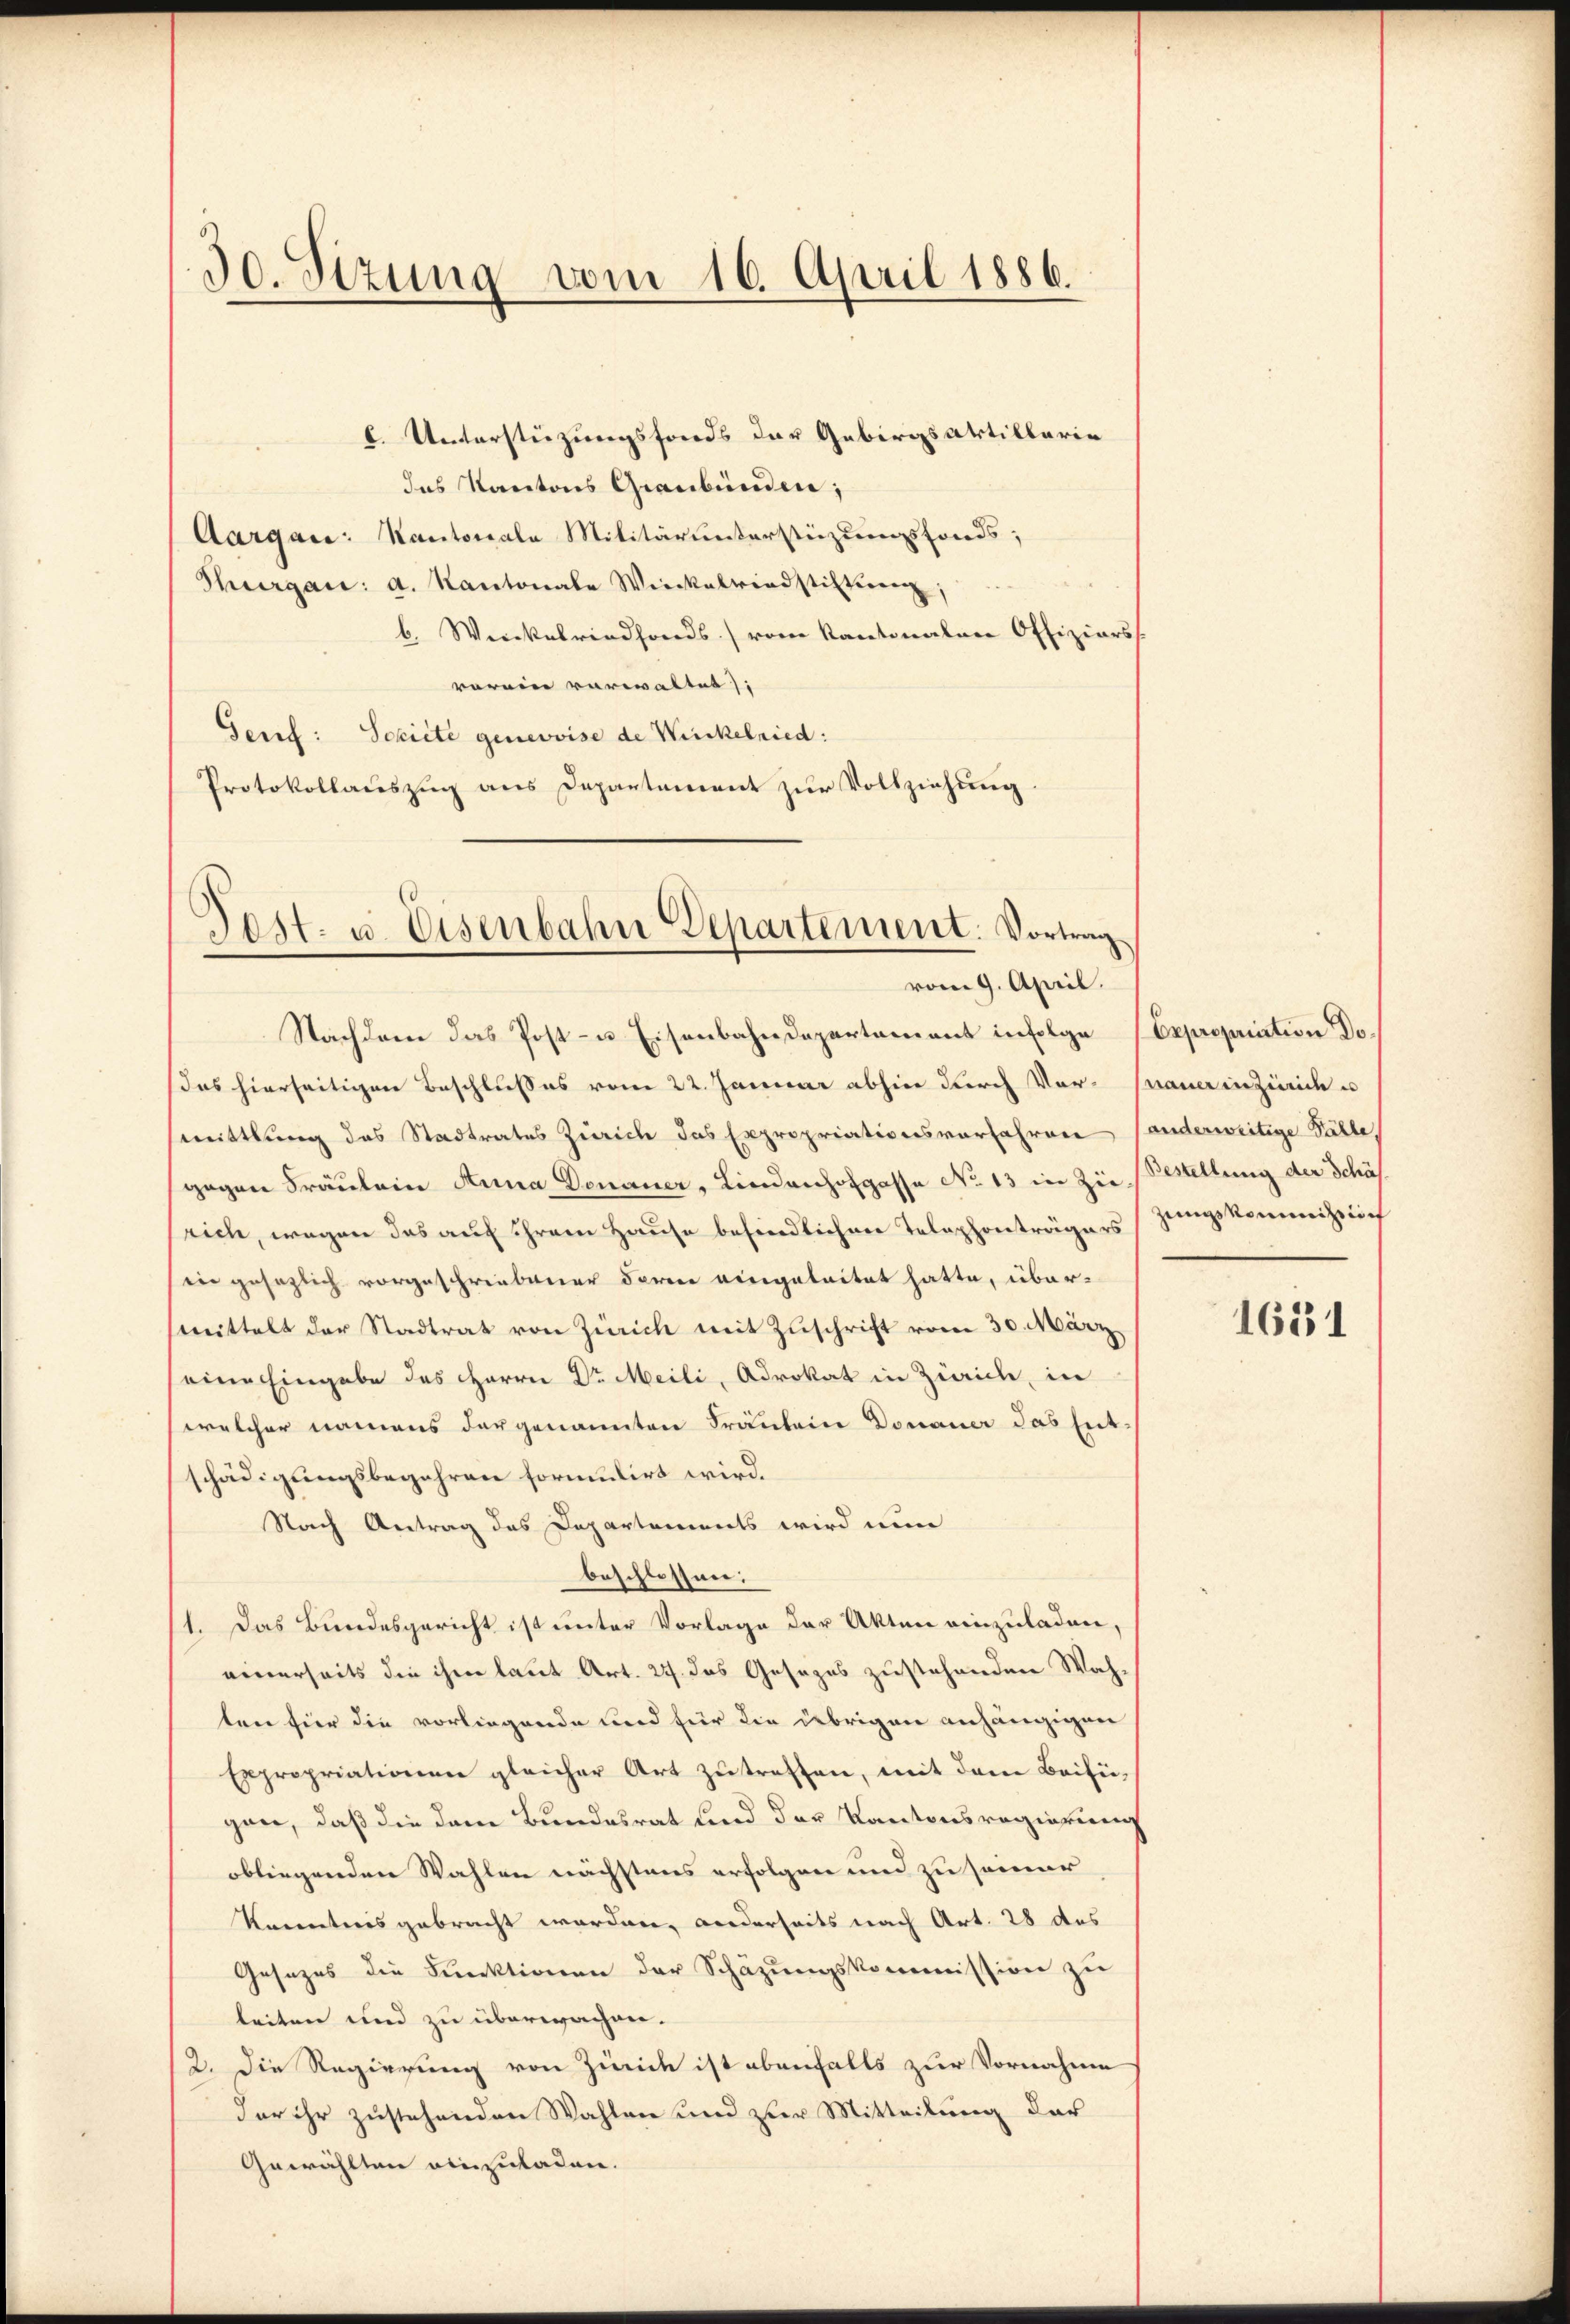
30. Sizung vom 16. April 1886.

das Kantons Graubünden;
Aargare: Kantonale Militärunterstüzungsfonds;
Thurgau: a. Kantonale Wieckeltiadstiften;
b. Werckenriedfonds vom Kantonalen Offiziars
vorein verwaltet),
Gerf: Schiete genevoise de Winkelried:
Protokollauszug aus Departement zur Vollziehung.

Post- u. Eisenbahn Departement. Vortrag
vom 9. April.

Nachdem das Post- u. Eisenbahndepartamant infolge Expropriation Do¬
Das hierseitigen Beschlußes vom 22. Januar abhin durch Vor- Mauer in Zürich u
mittlung das Stadtrates Zürich das Expropriationsvorfahren Panderweitige Fälle,
gegen Fräulein Anna Donauer, Lindanhofgasse No 13 in Zie Bestellung der Schäfrich, wegen das auf ihrem Hause befindlichen Telephonträgers zungskommission
in gesezlich vorgeschriebener deren vorgeleitet hatte, über-
mittelt der Stadtrat von Zürich mit Zuschrift vom 30. März
(eine Eingabe des Herrn Dr Meili, Advokat in Zürich, in
welcher namens dargenannten Fräulein Donauer das Entschädigungsbegehren formulirt wird.
Nach Antrag des Departements wird nun
beschlossen:
1. Das Bundesgericht ist unter Vorlage der Akten einzuladen,
einerseits die ihm laut Art. 27. das Gesezes zustehenden Wahten hier die vorliegende und für die übrigen anhängigen
Expropriationen gleicher Art zŭ treffen, mit dem Beifügan, daß die dem Bundesrat sind der Kantonsregierien
obliegenden Wahlen nächstens erfolgen und zu seiner
Kenntnis gebracht worden, wiederseits nach Art. 28 des
Gesezes die Funktionen der Schäzungskommission zu
leiten und zu überwachen.
2. Die Regierung von Zinide ist ebenfalls zur Vornahme
der ihr zustehenden Wahlen und zur Mitteilung der
Gewählten einzuladen.

l. Unterstüzungsfonds der Gebirgsartillarie

1631